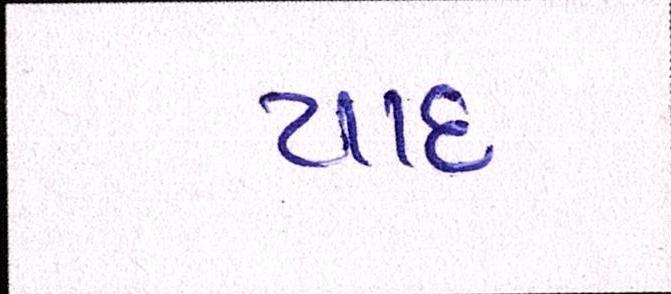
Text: યાદ